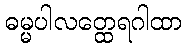
ဓမ္မပါလတ္ထေရဂါထာ